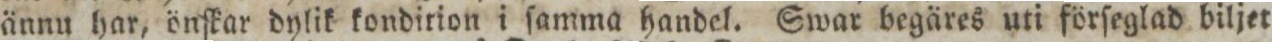
ännu har, önſkar dylik kondition i ſamma handel. Swar begäres uti förſeglad biljet